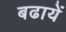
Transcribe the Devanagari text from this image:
बढायें